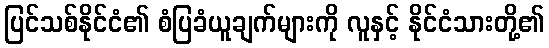
ပြင်သစ်နိုင်ငံ၏ စံပြခံယူချက်များကို လူနှင့် နိုင်ငံသားတို့၏